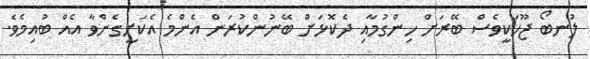
ލުނބޯ ޖޫހަކީވެސް ބޭރަށް ހިންގުމާއި ދެކޮޅަށް ބޭނުންކުރަން އެންމެ އެކަށީގެންވާ އެއް ބުއިމެވެ.